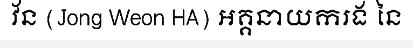
វ័ន (Jong Weon HA) អគ្គនាយករង នៃ